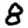
Digit: 8